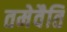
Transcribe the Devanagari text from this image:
तमेवैति